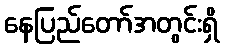
နေပြည်တော်အတွင်းရှိ